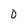
Character: 0